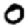
Digit: 0